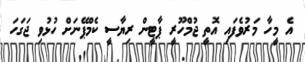
އެ މީހާ މަރުވެފައި އޮތީ ޖުމްހޫރީ ޕާޓީން ރިޔާސީ ކެމްޕޭނަށް ހުޅުވި ޖަގަހަ